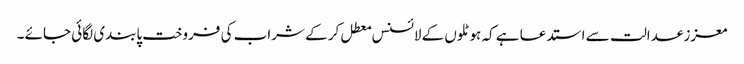
معزز عدالت سے استدعا ہے کہ ہوٹلوں کے لائسنس معطل کر کے شراب کی فروخت پابندی لگائی جائے ۔